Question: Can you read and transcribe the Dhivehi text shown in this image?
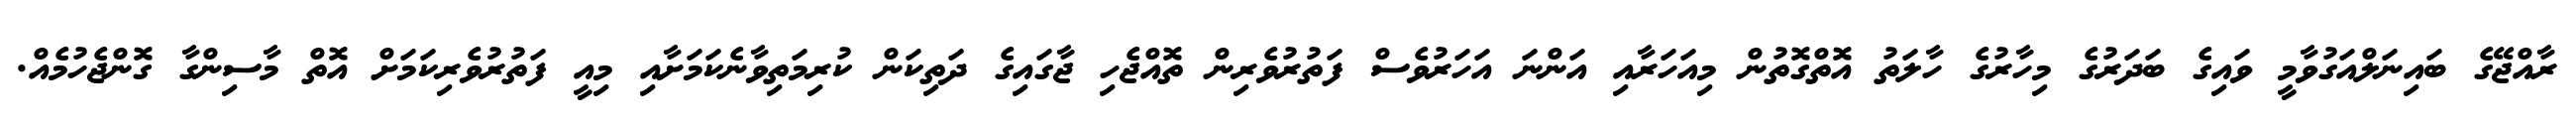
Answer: ރާއްޖޭގެ ބައިނަލްއަގުވާމީ ވައިގެ ބަދަރުގެ މިހާރުގެ ހާލަތު އޮތްގޮތުން މިއަހަރާއި އަންނަ އަހަރުވެސް ފަތުރުވެރިން ތޮއްޖެހި ޖާގައިގެ ދަތިކަން ކުރިމަތިވާނެކަމަށާއި މިއީ ފަތުރުވެރިކަމަށް އޮތް މާސިންގާ ގޮންޖެހުމެއް.